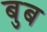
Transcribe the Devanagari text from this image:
बुब